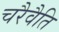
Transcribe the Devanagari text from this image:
चरैवैति